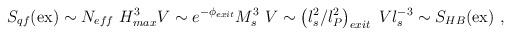
\begin{align*}S_{qf}({\rm ex}) \sim N_{eff} ~ H^3_{max} V \sim e^{-\phi_{exit}} M_s^3 ~ V \sim\left(l_s^2/l_P^{2}\right)_{exit} ~ V l_s^{-3} \sim S_{HB}({\rm ex}) ~, \end{align*}